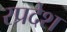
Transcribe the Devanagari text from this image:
रप्रदेश